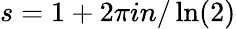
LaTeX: s=1+2\pi in/\ln(2)